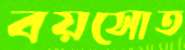
বয়সোত